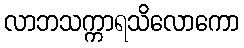
လာဘသက္ကာရသိလောကော